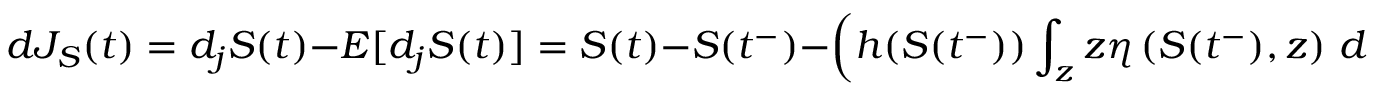
d J _ { S } ( t ) = d _ { j } S ( t ) - E [ d _ { j } S ( t ) ] = S ( t ) - S ( t ^ { - } ) - \left( h ( S ( t ^ { - } ) ) \int _ { z } z \eta \left( S ( t ^ { - } ) , z \right) \, d z \right) \, d t .